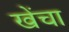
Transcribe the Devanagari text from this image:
खेंचा